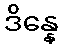
ဒိန္နေ